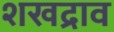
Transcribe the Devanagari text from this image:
शखद्राव